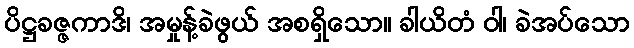
ပိဋ္ဌခဇ္ဇကာဒိ၊ အမှုန့်ခဲဖွယ် အစရှိသော။ ခါယိတံ ဝါ၊ ခဲအပ်သော